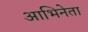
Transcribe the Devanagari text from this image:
आभिनेता